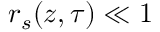
r _ { s } ( z , \tau ) \ll 1